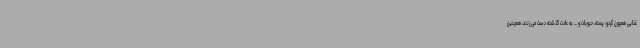
غذایی همچون گردو، پسته، حبوبات و ... به عادت گذشته دست می زنند، همچنین